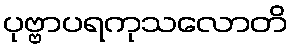
ပုဗ္ဗာပရကုသလောတိ